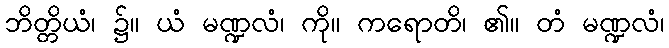
ဘိတ္တိယံ၊ ၌။ ယံ မဏ္ဍလံ၊ ကို။ ကရောတိ၊ ၏။ တံ မဏ္ဍလံ၊